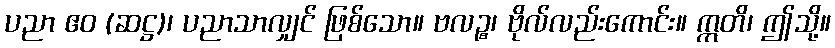
ပညာ ဧဝ (ဆဋ္ဌ)၊ ပညာသာလျှင် ဖြစ်သော။ ဗလဉ္စ၊ ဗိုလ်လည်းကောင်း။ ဣတိ၊ ဤသို့။